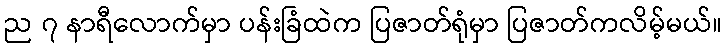
ည ၇ နာရီလောက်မှာ ပန်းခြံထဲက ပြဇာတ်ရုံမှာ ပြဇာတ်ကလိမ့်မယ်။